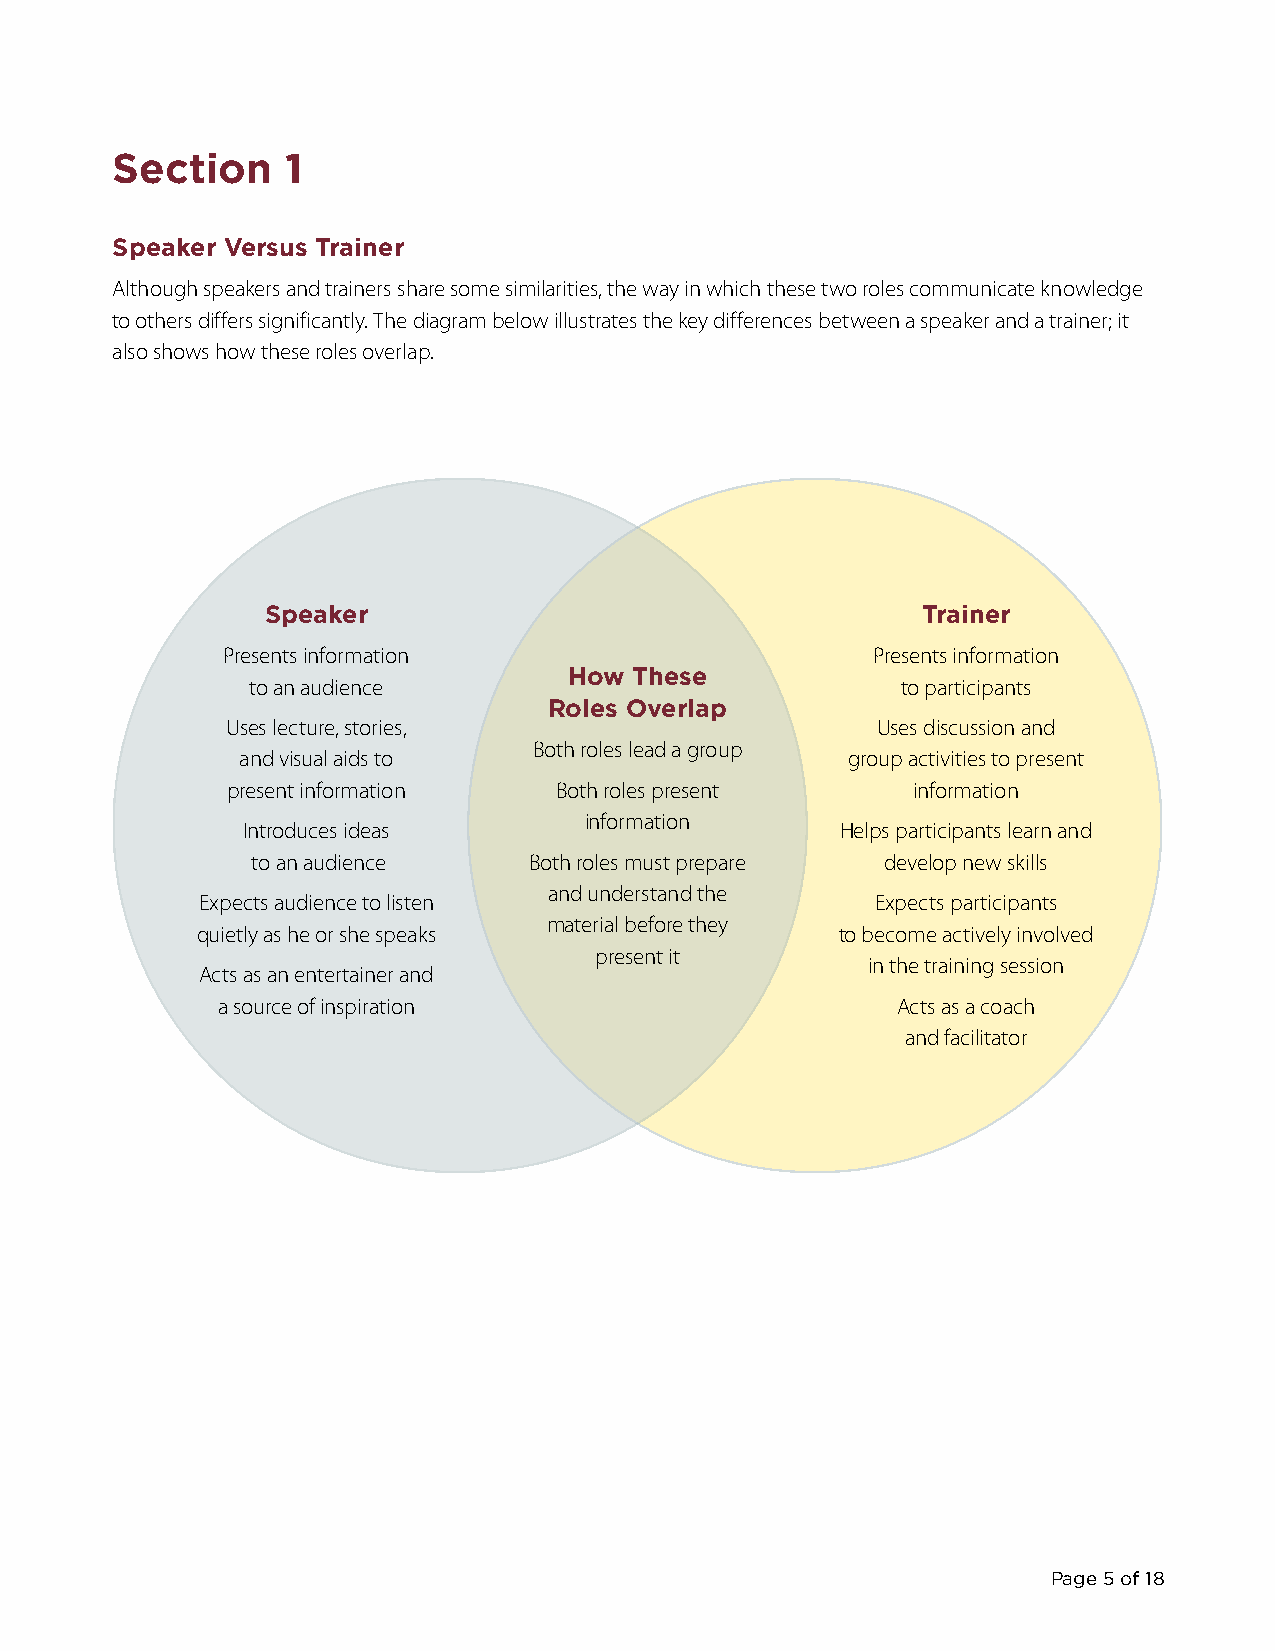
Section     1
 Speaker Versus Trainer
 Although speakers and trainers share some similarities, the way in which these two roles communicate knowledge
 to others differs significantly. The diagram below illustrates the key differences between a speaker and a trainer; it
 also shows how these roles overlap.
 Speaker                                    Trainer
 Presents information                       Presents information
 How These
 to an audience                             to participants
 Roles Overlap
 Uses lecture, stories,                     Uses discussion and
 Both roles lead a group
 and visual aids to                      group activities to present
 present information   Both roles present     information
 information
 Introduces ideas                        Helps participants learn and
 to an audience    Both roles must prepare develop new skills
 and understand the
 Expects audience to listen                   Expects participants
 material before they
 quietly as he or she speaks                to become actively involved
 present it
 in the training session
 Acts as an entertainer and
 a source of inspiration                      Acts as a coach
 and facilitator
 Page 5 of 18